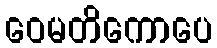
ဝေမတိကောပေ